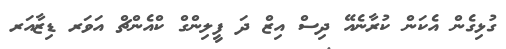
ގުޅިގެން އެކަން ކުރާނެއޭ ދިސް އިޒް ދަ ފީލިންގް ކްއެންޗް އަވަރ ޑިޒާއަރ